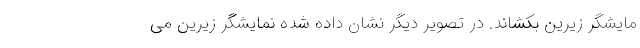
مایشگر زیرین بکشاند. در تصویر دیگر نشان داده شده نمایشگر زیرین می